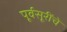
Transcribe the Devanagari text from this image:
पूर्वसूरींचे